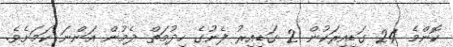
ކޮންމެ 24 ގަޑިއިރަކުން 2 ގަޑިއިރު ފެނުގެ ހިދުމަތް ދެމުން އަންނަ ކަމަށެވެ.